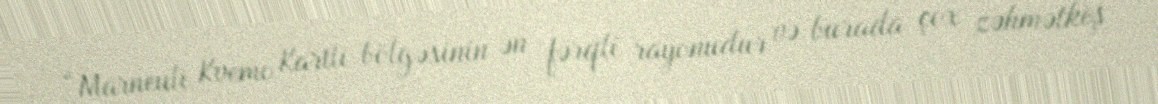
“Marneuli Kvemo Kartli bölgəsinin ən fərqli rayonudur və burada çox zəhmətkeş